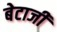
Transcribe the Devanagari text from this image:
बेटाजी